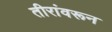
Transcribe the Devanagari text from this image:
तीरांवरून